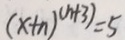
( x + n ) ^ { ( n + 3 ) } = 5